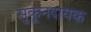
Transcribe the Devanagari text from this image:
सुकूनदायक